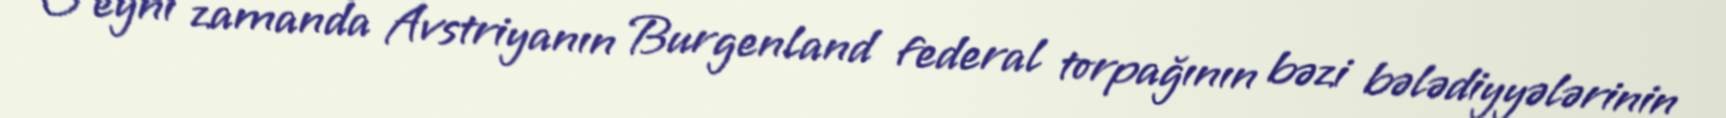
O eyni zamanda Avstriyanın Burgenland federal torpağının bəzi bələdiyyələrinin